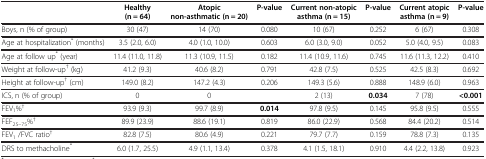
<table><thead><tr><td><b> </b></td><td><b>Healthy (n = 64)</b></td><td><b>Atopic non-asthmatic (n = 20)</b></td><td><b>P-value</b></td><td><b>Current non-atopic asthma (n = 15)</b></td><td><b>P-value</b></td><td><b>Current atopic asthma (n = 9)</b></td><td><b>P-value</b></td></tr></thead><tbody><tr><td>Boys, n (% of group)</td><td>30 (47)</td><td>14 (70)</td><td>0.080</td><td>10 (67)</td><td>0.252</td><td>6 (67)</td><td>0.308</td></tr><tr><td>Age at hospitalization<sup>*</sup> (months)</td><td>3.5 (2.0, 6.0)</td><td>4.0 (1.0, 10.0)</td><td>0.603</td><td>6.0 (3.0, 9.0)</td><td>0.052</td><td>5.0 (4.0, 9.5)</td><td>0.083</td></tr><tr><td>Age at follow up<sup>*</sup> (year)</td><td>11.4 (11.0, 11.8)</td><td>11.3 (10.9, 11.5)</td><td>0.182</td><td>11.4 (10.9, 11.6)</td><td>0.745</td><td>11.6 (11.3, 12.2)</td><td>0.410</td></tr><tr><td>Weight at follow-up<sup>†</sup> (kg)</td><td>41.2 (9.3)</td><td>40.6 (8.2)</td><td>0.791</td><td>42.8 (7.5)</td><td>0.525</td><td>42.5 (8.3)</td><td>0.692</td></tr><tr><td>Height at follow-up<sup>†</sup> (cm)</td><td>149.0 (8.2)</td><td>147.2 (4.3)</td><td>0.206</td><td>149.3 (5.6)</td><td>0.888</td><td>148.9 (6.0)</td><td>0.963</td></tr><tr><td>ICS, n (% of group)</td><td>0</td><td>0</td><td> </td><td>2 (13)</td><td><b>0.034</b></td><td>7 (78)</td><td><b>&lt;0.001</b></td></tr><tr><td>FEV<sub>1</sub>%<sup>†</sup></td><td>93.9 (9.3)</td><td>99.7 (8.9)</td><td><b>0.014</b></td><td>97.8 (9.5)</td><td>0.145</td><td>95.8 (9.5)</td><td>0.555</td></tr><tr><td>FEF<sub>25–75</sub>%<sup>†</sup></td><td>89.9 (23.9)</td><td>88.6 (19.1)</td><td>0.819</td><td>86.0 (22.9)</td><td>0.568</td><td>84.4 (20.2)</td><td>0.514</td></tr><tr><td>FEV<sub>1</sub> /FVC ratio<sup>†</sup></td><td>82.8 (7.5)</td><td>80.6 (4.9)</td><td>0.221</td><td>79.7 (7.7)</td><td>0.159</td><td>78.8 (7.3)</td><td>0.135</td></tr><tr><td>DRS to methacholine<sup>*</sup></td><td>6.0 (1.7, 25.5)</td><td>4.9 (1.1, 13.4)</td><td>0.378</td><td>4.1 (1.5, 18.1)</td><td>0.910</td><td>4.4 (2.2, 13.8)</td><td>0.923</td></tr></tbody></table>